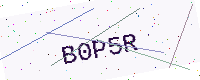
Text: B0P5R